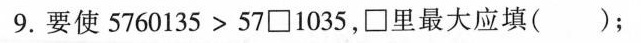
9.要使5760135>57\Box1035，\Box里最大应填()；